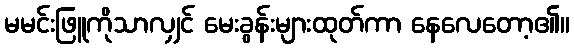
မမင်းဖြူကိုသာလျှင် မေးခွန်းများထုတ်ကာ နေလေတော့၏။